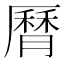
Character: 𦠓